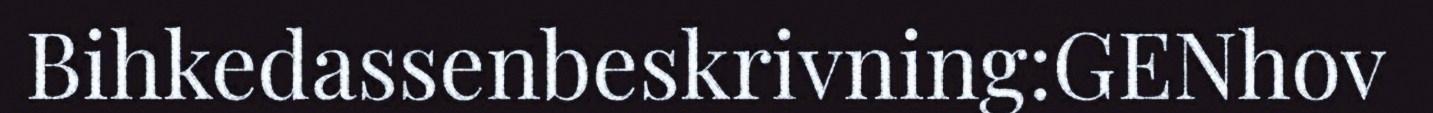
Bihkedassenbeskrivning:GENhov